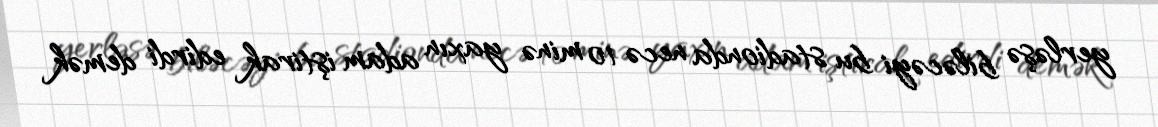
yerləşə biləcəyi bu stadionda necə 10 minə yaxın adam iştirak edirdi demək